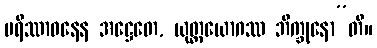
ပရိဿာဝနေန အဋ္ဌေတေ, ယုတ္တယောဂဿ ဘိက္ခုနော”တိ။